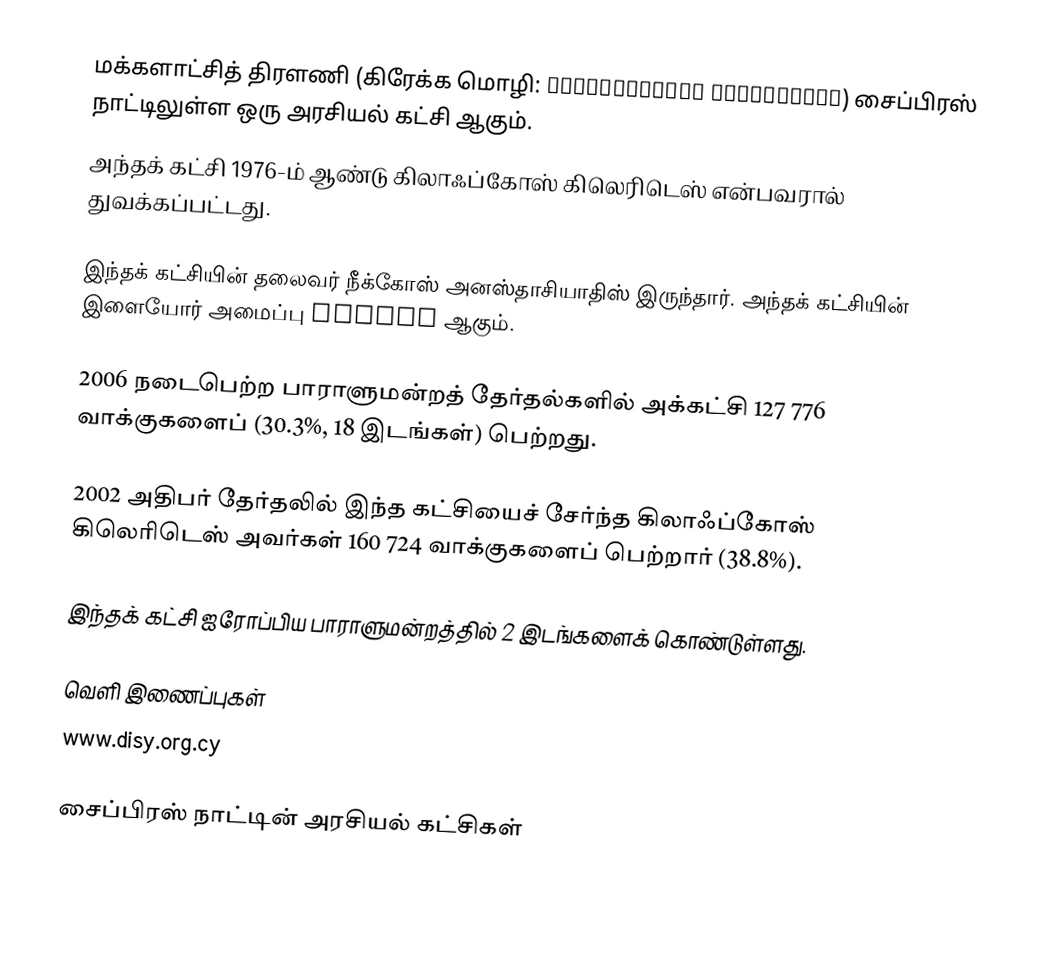
மக்களாட்சித் திரளணி (கிரேக்க மொழி: Δημοκρατικός Συναγερμός) சைப்பிரஸ் நாட்டிலுள்ள ஒரு அரசியல் கட்சி ஆகும்.
அந்தக் கட்சி 1976-ம் ஆண்டு கிலாஃப்கோஸ் கிலெரிடெஸ் என்பவரால் துவக்கப்பட்டது.

இந்தக் கட்சியின் தலைவர் நீக்கோஸ் அனஸ்தாசியாதிஸ் இருந்தார். அந்தக் கட்சியின் இளையோர் அமைப்பு NEDISY ஆகும்.

2006 நடைபெற்ற பாராளுமன்றத் தேர்தல்களில் அக்கட்சி 127 776 வாக்குகளைப் (30.3%, 18 இடங்கள்) பெற்றது.

2002 அதிபர் தேர்தலில் இந்த கட்சியைச் சேர்ந்த கிலாஃப்கோஸ் கிலெரிடெஸ் அவர்கள் 160 724 வாக்குகளைப் பெற்றார் (38.8%).

இந்தக் கட்சி ஐரோப்பிய பாராளுமன்றத்தில் 2 இடங்களைக் கொண்டுள்ளது.

வெளி இணைப்புகள்
www.disy.org.cy

சைப்பிரஸ் நாட்டின் அரசியல் கட்சிகள்